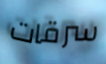
سرقات